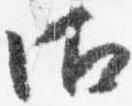
御